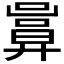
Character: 𢍬